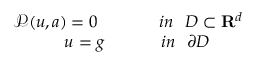
\begin{array} { r } { \mathcal { P } ( u , a ) = 0 ~ ~ ~ ~ ~ ~ ~ ~ ~ ~ ~ i n ~ ~ D \subset \mathbf { R } ^ { d } } \\ { u = g ~ ~ ~ ~ ~ ~ ~ ~ ~ ~ i n ~ ~ \partial D ~ ~ ~ ~ ~ ~ } \end{array}